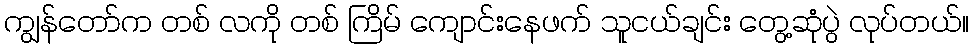
ကျွန်တော်က တစ် လကို တစ် ကြိမ် ကျောင်းနေဖက် သူငယ်ချင်း တွေ့ဆုံပွဲ လုပ်တယ်။